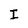
Character: I